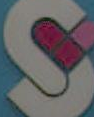
S